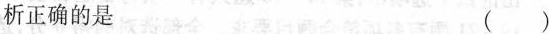
析正确的是 ()